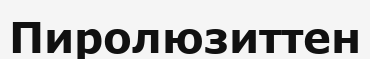
Пиролюзиттен